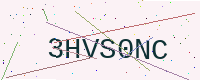
Text: 3HVS0NC